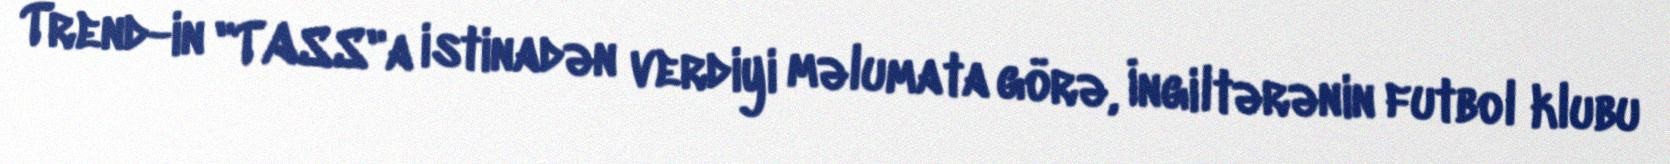
Trend-in "TASS"a istinadən verdiyi məlumata görə, İngiltərənin futbol klubu